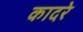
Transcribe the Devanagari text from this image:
कादरे